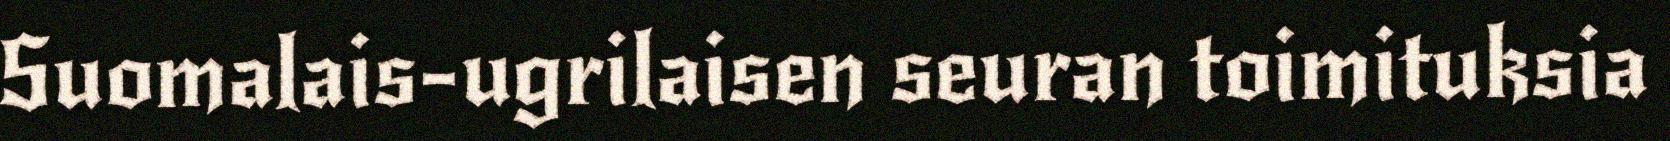
Suomalais-ugrilaisen seuran toimituksia